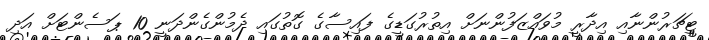
ޓީޗަރުންނާއި އިދާރީ މުވައްޒަފުންނަށް އިތުރުގަޑީގެ ފައިސާގެ ގޮތުގައި ދެމުންގެންދަނީ 10 ޕަސެންޓަށް އަދި